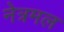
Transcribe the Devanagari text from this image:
नेत्रमल